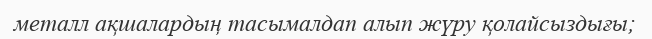
металл ақшалардың тасымалдап алып жүру қолайсыздығы;